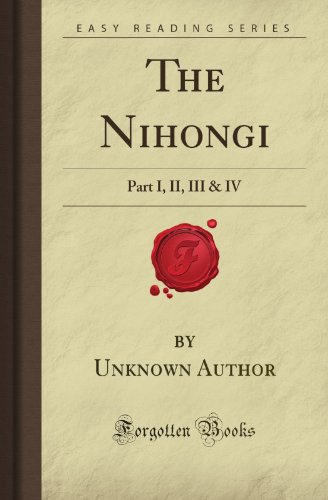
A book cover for The Nihongi: Part I, II, III & IV (Forgotten Books); Unknown Hall Author; Religion & Spirituality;